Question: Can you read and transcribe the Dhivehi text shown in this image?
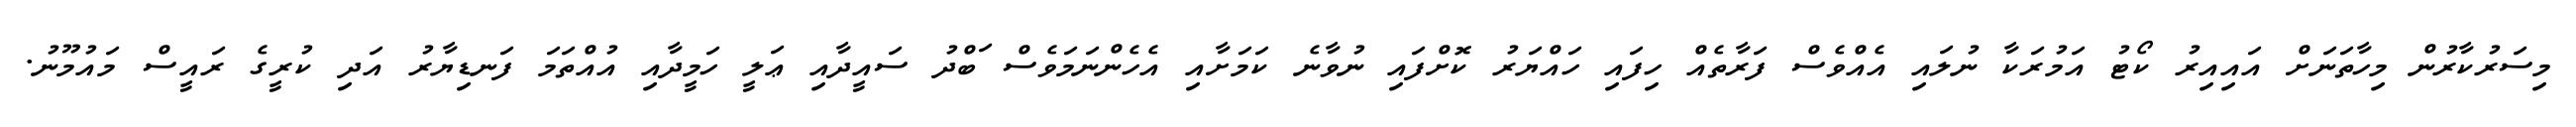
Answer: މިސަރުކާރުން މިހާތަނަށް އައިއިރު ކޯޓު އަމުރަކާ ނުލައި އެއްވެސް ފަރާތެއް ހިފައި ހައްޔަރު ކޮށްފައި ނުވާނެ ކަމަށާއި އެހެންނަމަވެސް ަބްދު ސައީދާއި ޢަލީ ހަމީދާއި އުއްތަމަ ފަނޑިޔާރު އަދި ކުރީގެ ރައީސް މައުމޫނު.